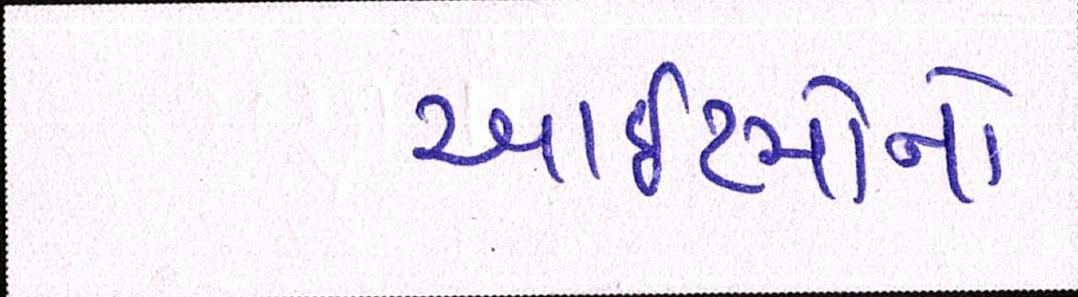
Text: આઈટમોનો